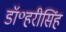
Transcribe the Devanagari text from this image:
डॉ॰हरीसिंह